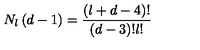
N _ { l } \left( d - 1 \right) = \frac { \left( l + d - 4 \right) ! } { \left( d - 3 \right) ! l ! }